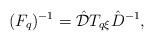
LaTeX: \begin{align*} (F_q)^{-1}= \hat{\mathcal{D}}T_{q\xi} \hat{D}^{-1},\end{align*}